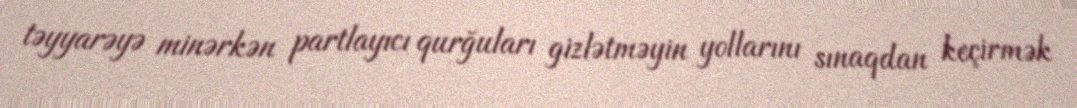
təyyarəyə minərkən partlayıcı qurğuları gizlətməyin yollarını sınaqdan keçirmək